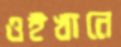
ওইখানে